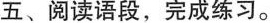
五、阅读语段，完成练习。